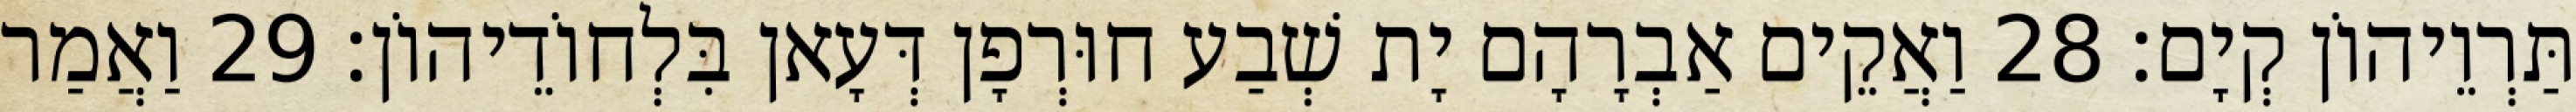
תַּרְוֵיהוֹן קְיָם׃ 28 וַאֲקֵים אַבְרָהָם יָת שְׁבַע חוּרְפָן דְּעָאן בִּלְחוֹדֵיהוֹן׃ 29 וַאֲמַר